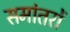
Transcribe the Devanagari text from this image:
समांतरों